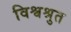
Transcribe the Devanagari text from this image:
विश्वश्रुत